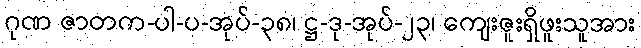
ဂုဏ ဇာတက-ပါ-ပ-အုပ်-၃၈၊ ဋ္ဌ-ဒု-အုပ်-၂၃၊ ကျေးဇူးရှိဖူးသူအား